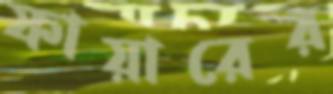
ফায়ারের